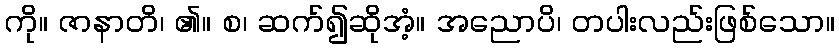
ကို။ ဇာနာတိ၊ ၏။ စ၊ ဆက်၍ဆိုအံ့။ အညောပိ၊ တပါးလည်းဖြစ်သော။